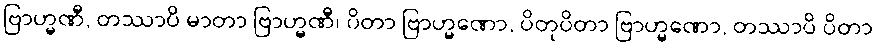
ဗြာဟ္မဏီ, တဿာပိ မာတာ ဗြာဟ္မဏီ၊ ပိတာ ဗြာဟ္မဏော, ပိတုပိတာ ဗြာဟ္မဏော, တဿာပိ ပိတာ